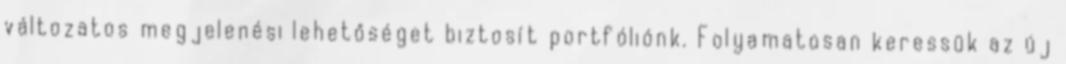
változatos megjelenési lehetőséget biztosít portfóliónk. Folyamatosan keressük az új